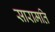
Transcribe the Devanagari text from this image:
सारामति